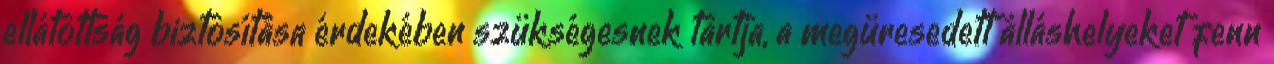
ellátottság biztosítása érdekében szükségesnek tartja, a megüresedett álláshelyeket fenn